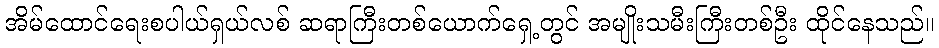
အိမ်ထောင်ရေးစပါယ်ရှယ်လစ် ဆရာကြီးတစ်ယောက်ရှေ့တွင် အမျိုးသမီးကြီးတစ်ဦး ထိုင်နေသည်။